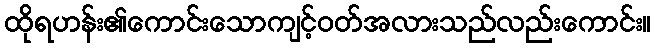
ထိုရဟန်း၏ကောင်းသောကျင့်ဝတ်အလားသည်လည်းကောင်း။